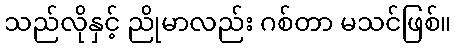
သည်လိုနှင့် ညိုမာလည်း ဂစ်တာ မသင်ဖြစ်။